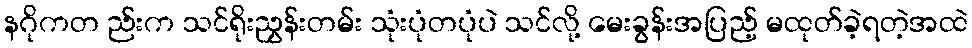
နဂိုကတ ည်းက သင်ရိုးညွှန်းတမ်း သုံးပုံတပုံပဲ သင်လို့ မေးခွန်းအပြည့် မထုတ်ခဲ့ရတဲ့အထဲ